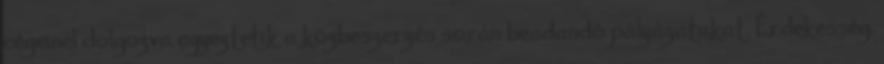
cégeinél dolgozva egyeztetik a közbeszerzés során beadandó pályázatukat. Érdekesség,